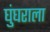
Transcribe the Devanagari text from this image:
घुंघराला